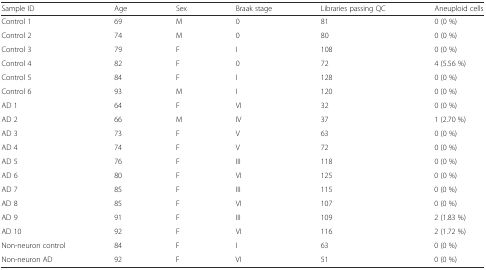
<table><thead><tr><td><b>Sample ID</b></td><td><b>Age</b></td><td><b>Sex</b></td><td><b>Braak stage</b></td><td><b>Libraries passing QC</b></td><td><b>Aneuploid cells</b></td></tr></thead><tbody><tr><td>Control 1</td><td>69</td><td>M</td><td>0</td><td>81</td><td>0 (0 %)</td></tr><tr><td>Control 2</td><td>74</td><td>M</td><td>0</td><td>80</td><td>0 (0 %)</td></tr><tr><td>Control 3</td><td>79</td><td>F</td><td>I</td><td>108</td><td>0 (0 %)</td></tr><tr><td>Control 4</td><td>82</td><td>F</td><td>0</td><td>72</td><td>4 (5.56 %)</td></tr><tr><td>Control 5</td><td>84</td><td>F</td><td>I</td><td>128</td><td>0 (0 %)</td></tr><tr><td>Control 6</td><td>93</td><td>M</td><td>I</td><td>120</td><td>0 (0 %)</td></tr><tr><td>AD 1</td><td>64</td><td>F</td><td>VI</td><td>32</td><td>0 (0 %)</td></tr><tr><td>AD 2</td><td>66</td><td>M</td><td>IV</td><td>37</td><td>1 (2.70 %)</td></tr><tr><td>AD 3</td><td>73</td><td>F</td><td>V</td><td>63</td><td>0 (0 %)</td></tr><tr><td>AD 4</td><td>74</td><td>F</td><td>V</td><td>72</td><td>0 (0 %)</td></tr><tr><td>AD 5</td><td>76</td><td>F</td><td>III</td><td>118</td><td>0 (0 %)</td></tr><tr><td>AD 6</td><td>80</td><td>F</td><td>VI</td><td>125</td><td>0 (0 %)</td></tr><tr><td>AD 7</td><td>85</td><td>F</td><td>III</td><td>115</td><td>0 (0 %)</td></tr><tr><td>AD 8</td><td>85</td><td>F</td><td>VI</td><td>107</td><td>0 (0 %)</td></tr><tr><td>AD 9</td><td>91</td><td>F</td><td>III</td><td>109</td><td>2 (1.83 %)</td></tr><tr><td>AD 10</td><td>92</td><td>F</td><td>VI</td><td>116</td><td>2 (1.72 %)</td></tr><tr><td>Non-neuron control</td><td>84</td><td>F</td><td>I</td><td>63</td><td>0 (0 %)</td></tr><tr><td>Non-neuron AD</td><td>92</td><td>F</td><td>VI</td><td>51</td><td>0 (0 %)</td></tr></tbody></table>